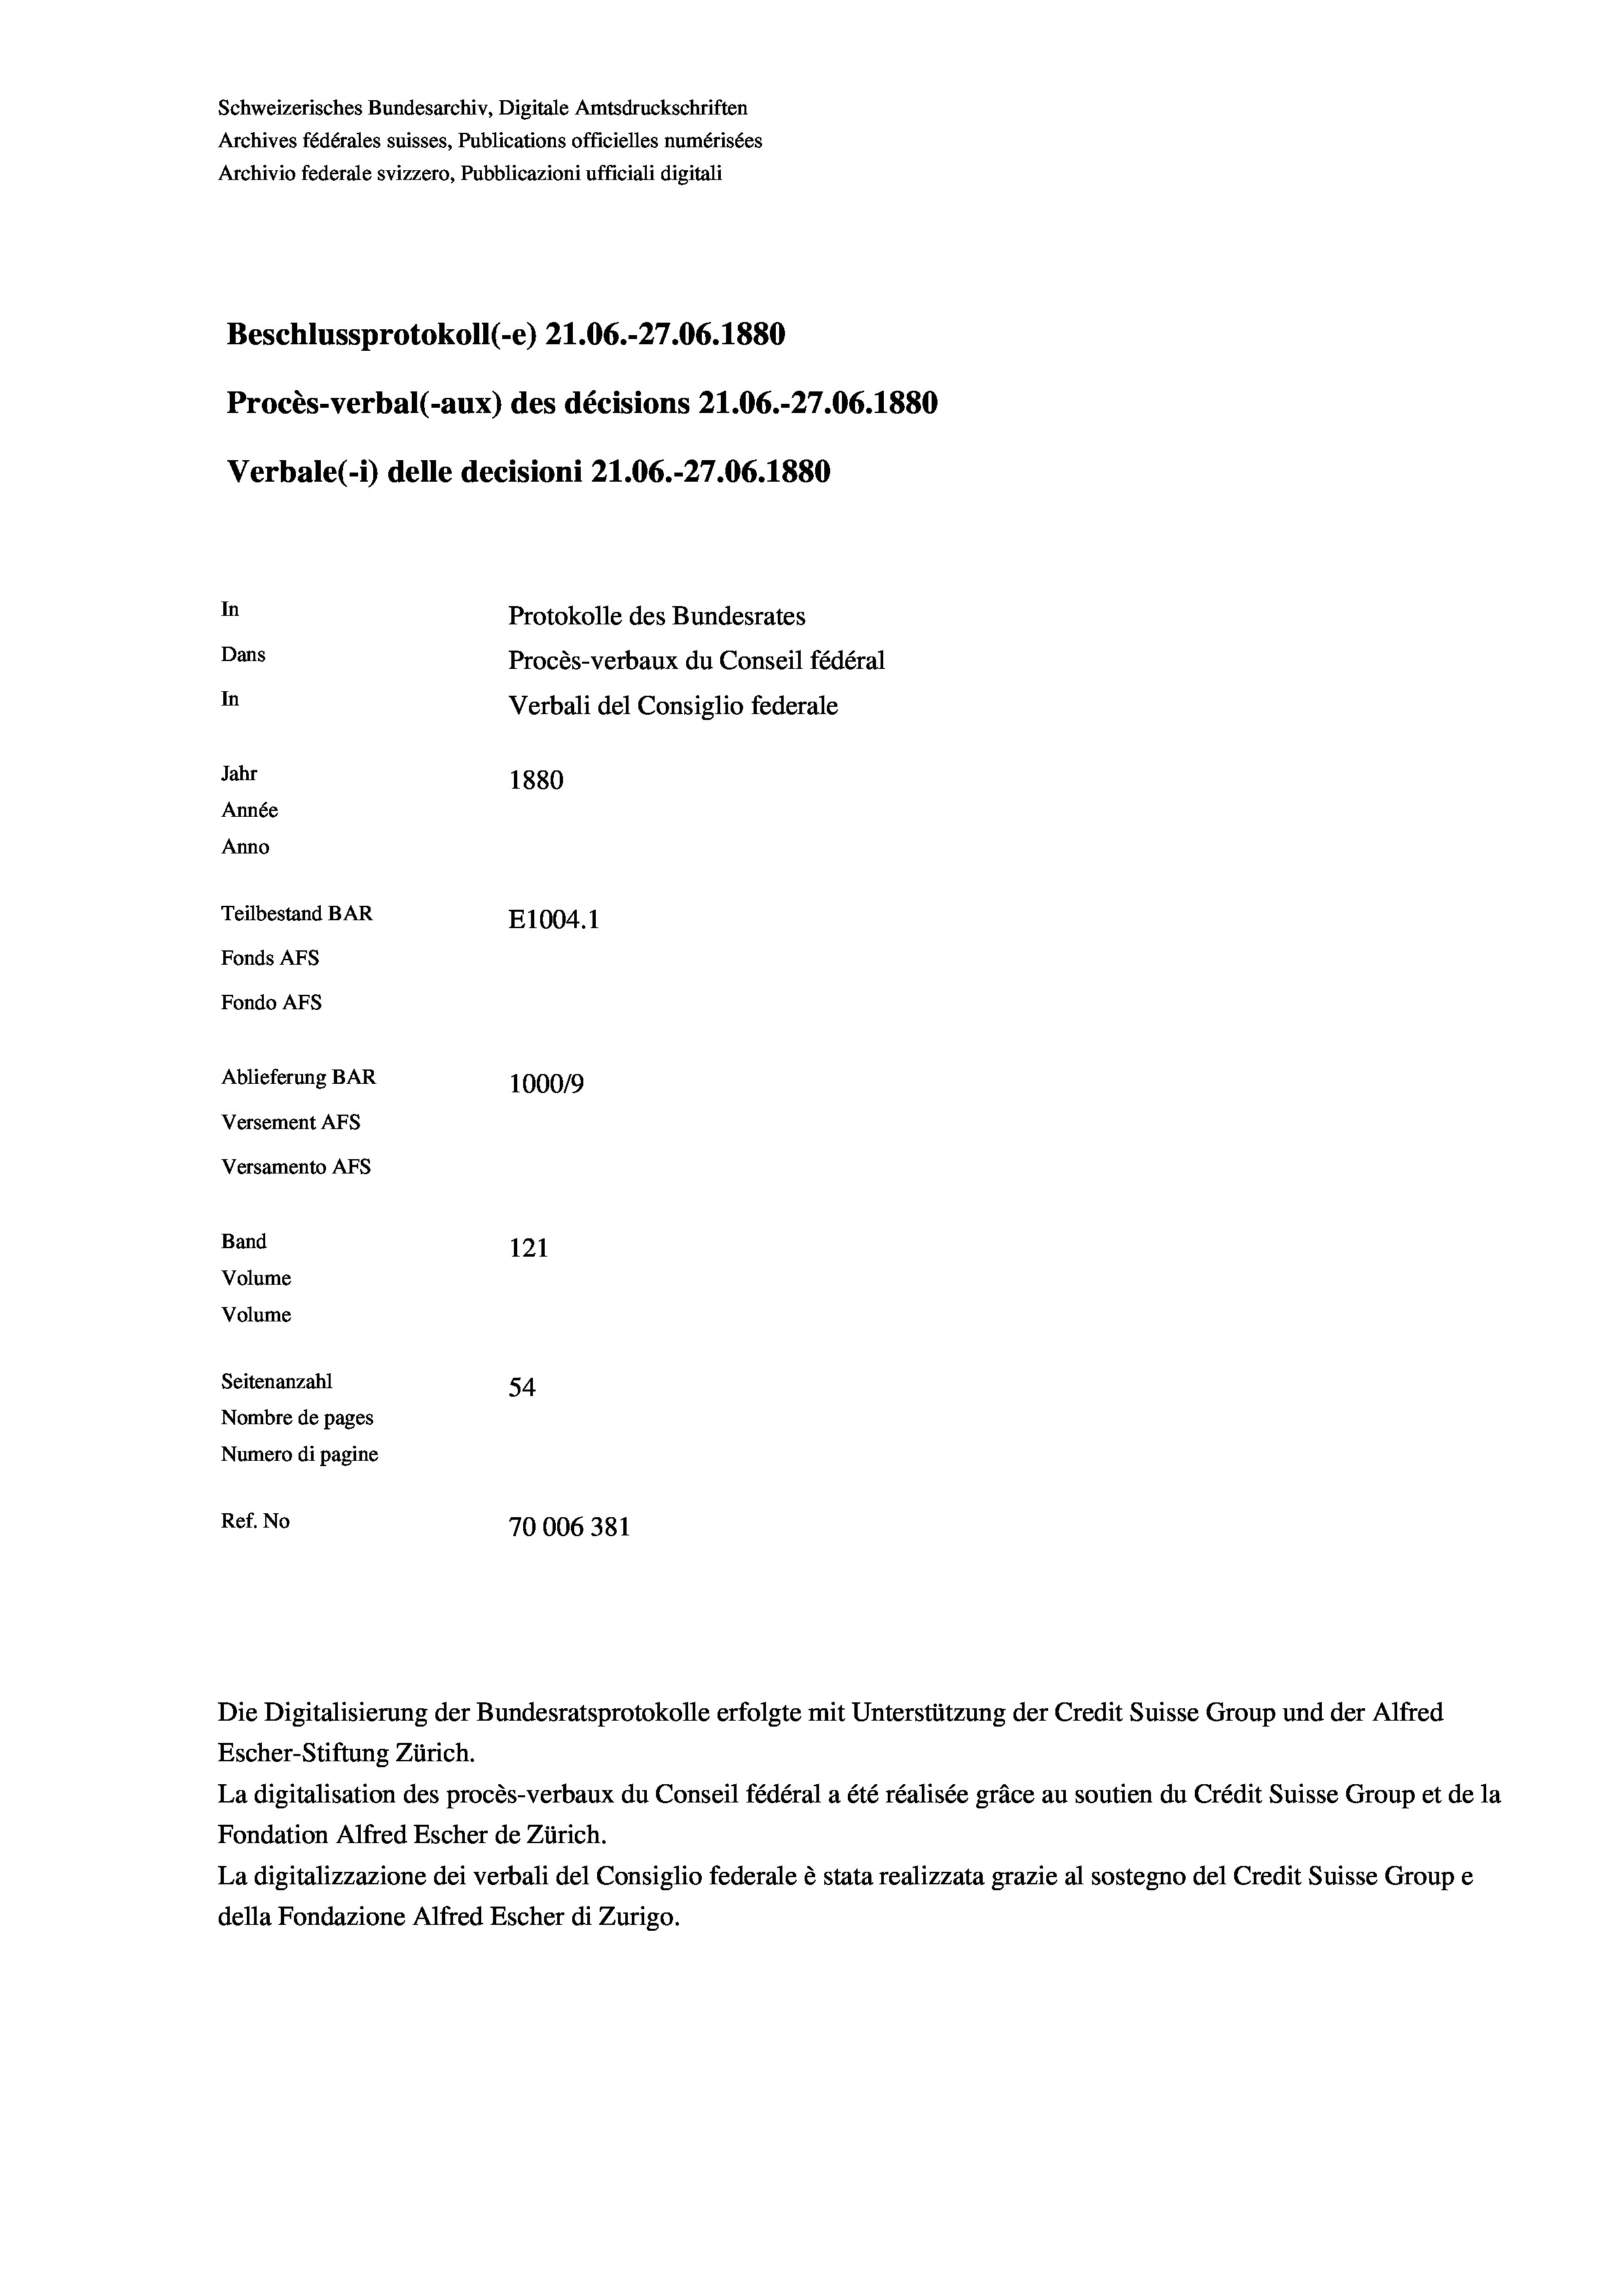
Schweizerisches Bundesarchiv, Digitale Amtsdruckschriften
Archives fédérales suisses, Publications officielles numérisées
Archivio federale svizzero, Pubblicazioni ufficiali digitali
Beschlussprotokoll (-e) 21.06.-27.06. 1880
Procès-verbal (-aux) des décisions Z1.06.-27.06. 1880
Verbale(-*) delle decisioni 21.06.-27.06. 1880
In
Protokolle des Bundesrates
Dans
Procès-verbaux du Conseil fédéral
In
Verbali del Consiglio federale
Jahr
1880
Année
Anno
Teilbestand BAR
E1004.1
Fonds AFs
Fondo Afs
Ablieferung BAR
100019
Versement AFs
Versamento Afs
Band
121
Volume
Volume
Seitenanzahl
54
Nombre de pages
Numero di pagine
Ref. No
70006381

Escher-Stiftung Zürich.
La digitalisation des procès-verbaux du Conseil fédéral a été réalisée gräce au soutien du Crédit Suisse Group et de la
Fondation Alfred Escher de Zürich.
La digitalizzazione dei verbali del Consiglio federale è stata realizzata grazie al sostegno del Credit Suisse Groupe
della Fondazione Alfred Escher di Zurigo.

Die Digitalisierung der Bundesratsprotokolle erfolgte mit Unterstützung der Credit Suisse Group und der Alfred